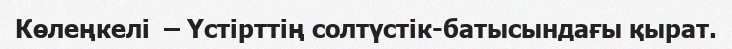
Көлеңкелі  – Үстірттің солтүстік-батысындағы қырат.